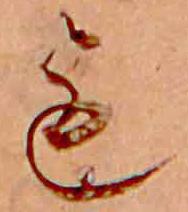
も